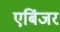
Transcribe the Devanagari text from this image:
एबिंजर